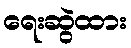
ရေးဆွဲထား